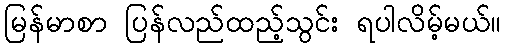
မြန်မာစာ ပြန်လည်ထည့်သွင်း ရပါလိမ့်မယ်။